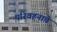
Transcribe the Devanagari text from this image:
परिवहनाचे